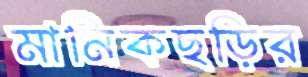
মানিকছড়ির